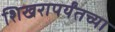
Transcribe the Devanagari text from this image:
शिखरापर्यंतच्या